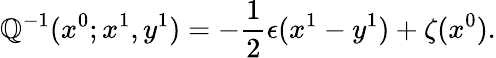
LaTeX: \mathbb{Q}^{-1}(x^{0};x^{1},y^{1})=-\frac{{1}}{{2}}\epsilon(x^{1}-y^{1})+\zeta(x^{0}).